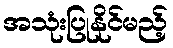
အသုံးပြုနိုင်မည့်